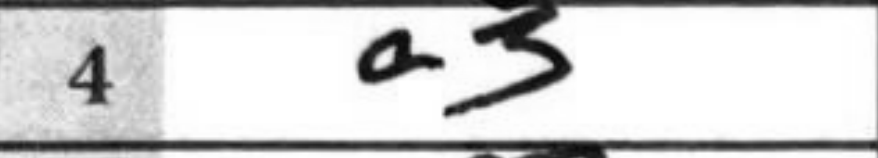
Transcription: a3